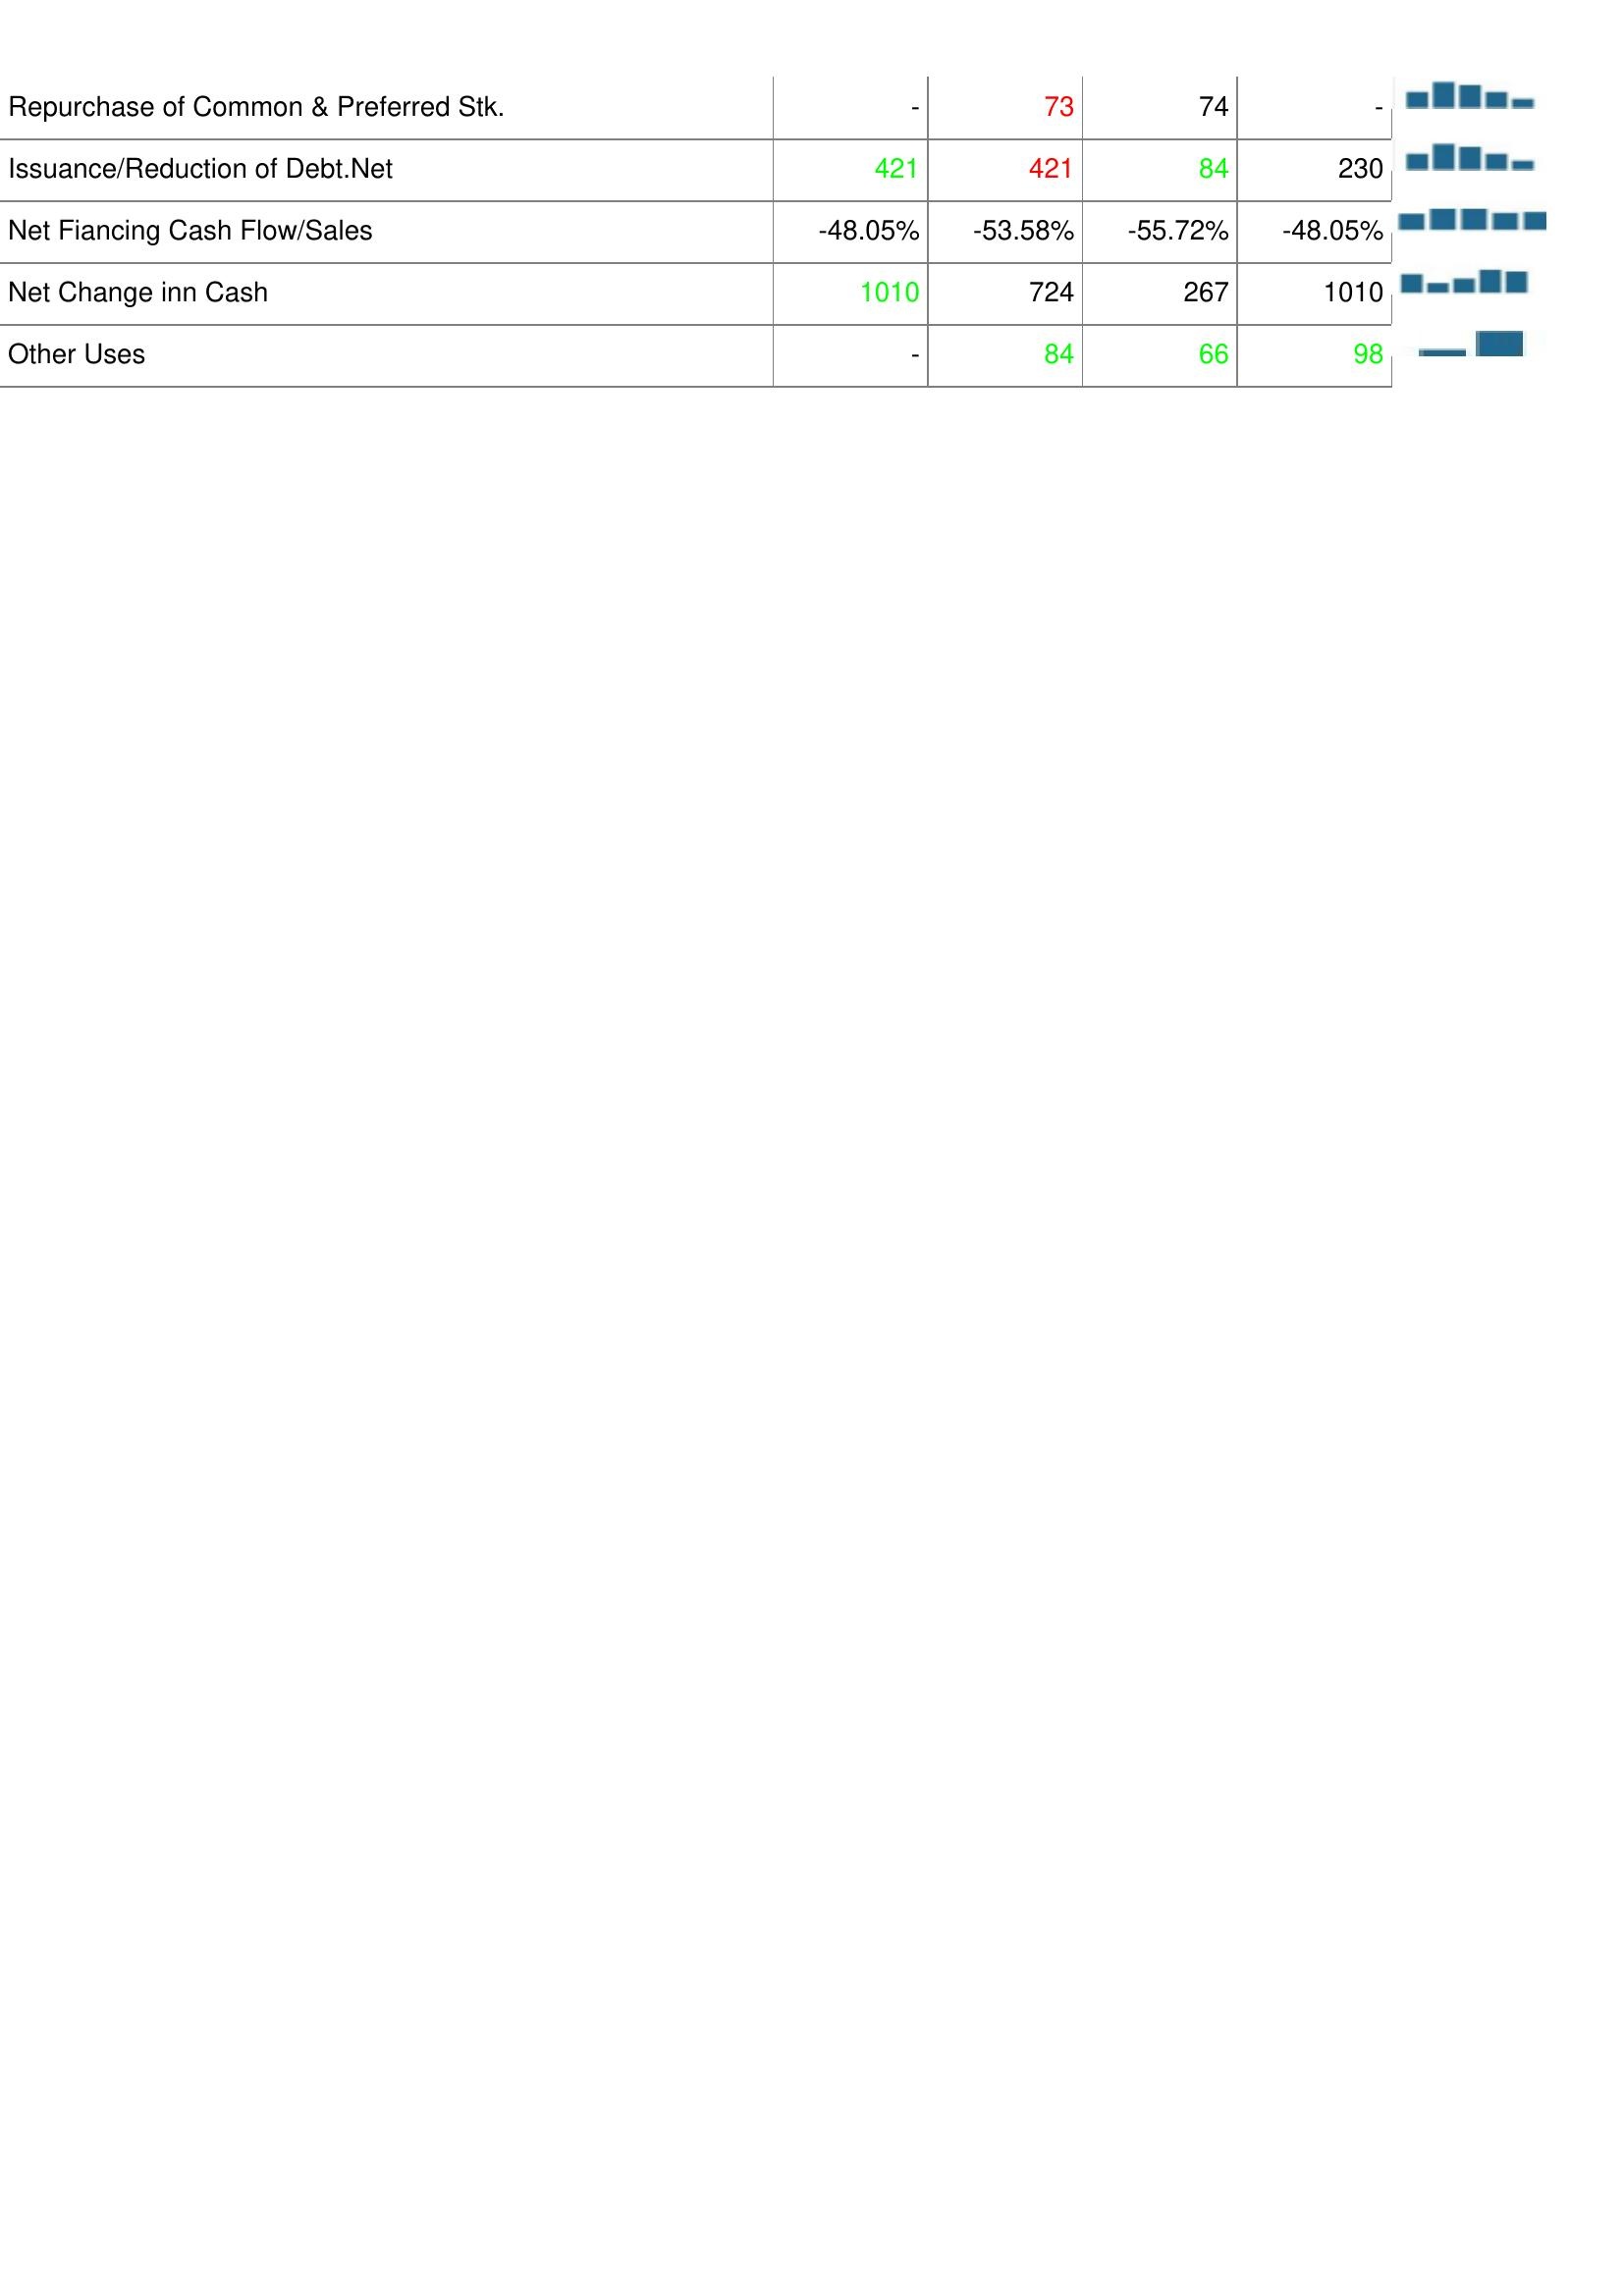
2021: Financing Activities: Repurchase of Common & Preferred Stk.: -
Issuance/Reduction of Debt.Net: 421
Net Fiancing Cash Flow/Sales: -48.05%
Net Change inn Cash: 1010
Other Uses: -
2020: Financing Activities: Repurchase of Common & Preferred Stk.: 73
Issuance/Reduction of Debt.Net: 421
Net Fiancing Cash Flow/Sales: -53.58%
Net Change inn Cash: 724
Other Uses: 84
2019: Financing Activities: Repurchase of Common & Preferred Stk.: 74
Issuance/Reduction of Debt.Net: 84
Net Fiancing Cash Flow/Sales: -55.72%
Net Change inn Cash: 267
Other Uses: 66
2018: Financing Activities: Repurchase of Common & Preferred Stk.: -
Issuance/Reduction of Debt.Net: 230
Net Fiancing Cash Flow/Sales: -48.05%
Net Change inn Cash: 1010
Other Uses: 98